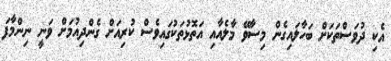
އެކި ދުވަސްތަކަށް ބަހާލައިގެން މިސާވޭ މާލެއާއި އަތޮޅުތަކުގައިވެސް ކުރިއަށް ގެންދިއުމަށް ވަނީ ނިންމާފަ